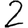
Digit: 2